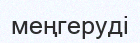
меңгеруді